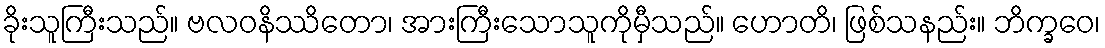
ခိုးသူကြီးသည်။ ဗလဝနိဿိတော၊ အားကြီးသောသူကိုမှီသည်။ ဟောတိ၊ ဖြစ်သနည်း။ ဘိက္ခဝေ၊